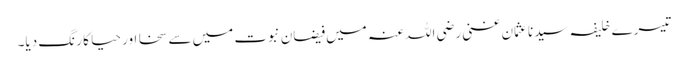
تیسرے خلیفہ سیدناعثمان غنی رضی اللہ عنہ میں فیضانِ نبوت میں سے سخا اور حیا کا رنگ دیا۔